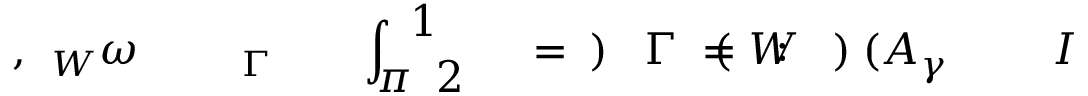
\! \! \! \! \! \! \! \! \! \! \! \! \! \! \! \! \! \! \! \! \! \! \! I \! \! \! \! \! \! \! \! \! \! \! \! _ { \! \! \! \! \! \! \! \! \! \! \! \! \gamma } \! \! \! \! \! \! \! \! \! \! \! \! ( A \! \! \! \! \! \! \! \! \! \! \! \! ) \! \! \! \! \! \! \! \! \! \! \! \! : \! \! \! \! \! \! \! \! \! \! \! \! = W \! \! \! \! \! \! \! \! \! \! \! \! ( \! \! \! \! \! \! \! \! \! \! \! \! \Gamma \! \! \! \! \! \! \! \! \! \! \! \! ) \! \! \! \! \! \! \! \! \! \! \! \! = \! \! \! \! \! \! \! \! \! \! \! \! \frac { \! \! \! \! \! \! \! \! \! \! \! \! 1 } { \! \! \! \! \! \! \! \! \! \! \! \! 2 \! \! \! \! \! \! \! \! \! \! \! \! \pi } \! \! \! \! \! \! \! \! \! \! \! \! \int \! \! \! \! \! \! \! \! \! \! \! \! _ { \! \! \! \! \! \! \! \! \! \! \! \! \Gamma } \! \! \! \! \! \! \! \! \! \! \! \! \! \! \! \! \! \! \! \! \! \! \! \! \omega \! \! \! \! \! \! \! \! \! \! \! \! _ { W } \! \! \! \! \! \! \! \! \! \! \! \! , \! \! \! \! \! \! \! \! \! \! \! \! \! \! \! \! \! \! \! \! \! \! \!